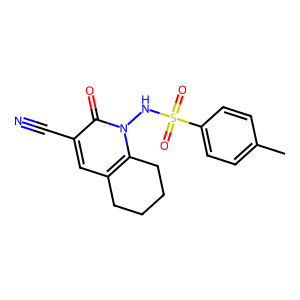
SMILES: Cc1ccc(S(=O)(=O)Nn2c3c(cc(C#N)c2=O)CCCC3)cc1
Inhibits HIV replication: No